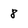
Character: 8